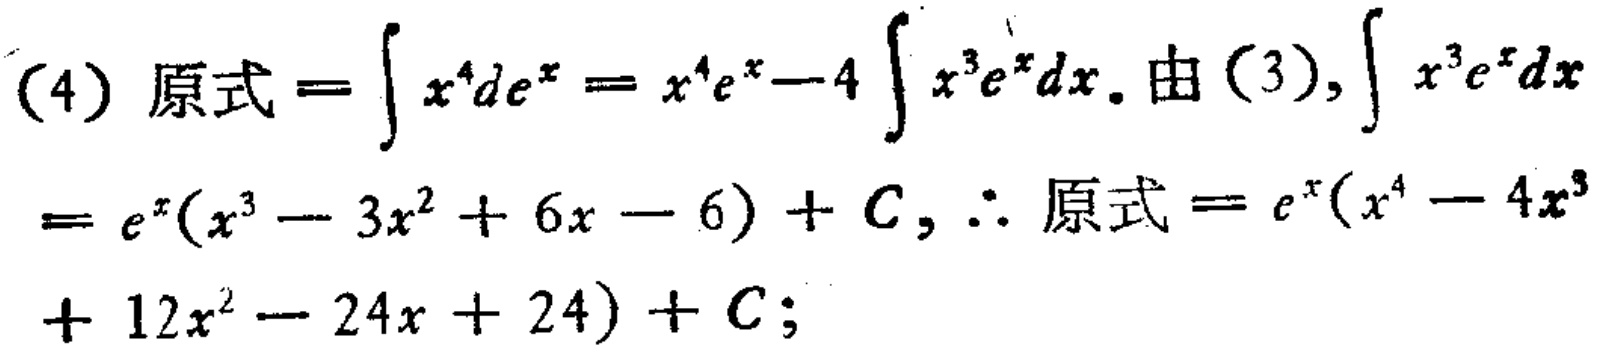
(4) 原式\(=\int x^{4}de^{x}=x^{4}e^{x}-4\int x^{3}e^{x}dx\). 由(3), \(\int x^{3}e^{x}dx\)
\(=e^{x}(x^{3}-3x^{2}+6x - 6)+C\), \(\therefore\) 原式\(=e^{x}(x^{4}-4x^{3}\)
\(+12x^{2}-24x + 24)+C\);